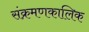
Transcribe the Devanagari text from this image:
संक्रमणकालिक